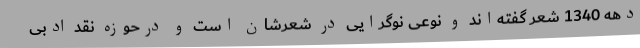
دهه 1340 شعر گفته‌اند و نوعی نوگرایی در شعرشان است و درحوزه نقد ادبی